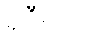
ရှိဦးမည်